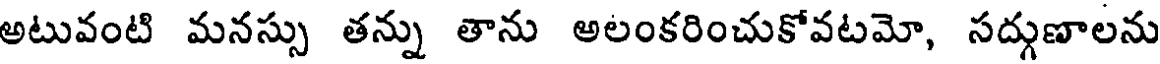
అటువంటి మనస్సు తన్ను తాను అలంకరించుకోవటమో, సద్గుణాలను